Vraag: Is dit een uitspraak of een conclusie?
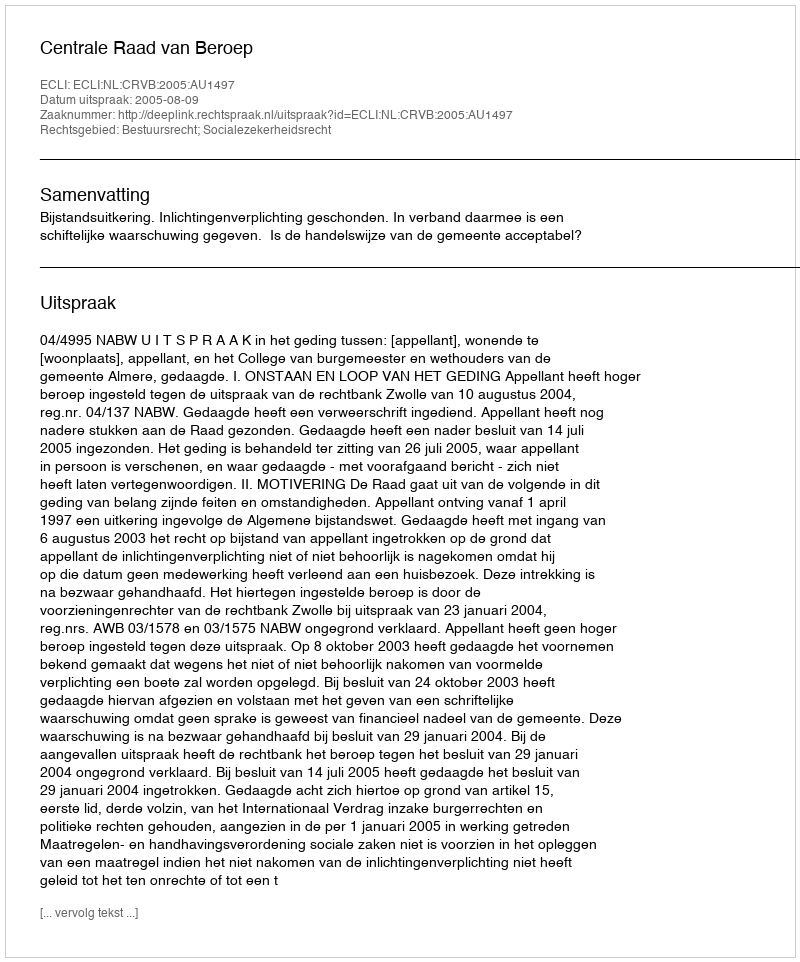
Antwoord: Uitspraak